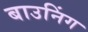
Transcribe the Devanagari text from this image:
बाउनिंग